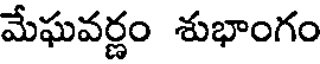
మేఘవర్ణం శుభాంగం